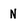
Character: N